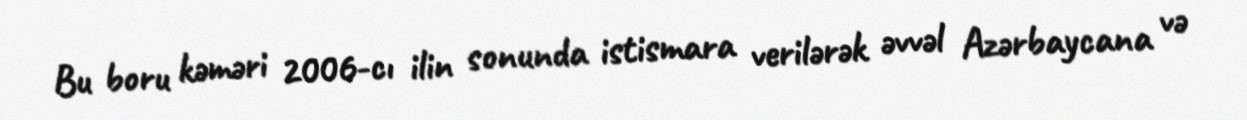
Bu boru kəməri 2006-cı ilin sonunda istismara verilərək əvvəl Azərbaycana və